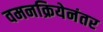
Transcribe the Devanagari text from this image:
वमनक्रियेनंतर